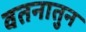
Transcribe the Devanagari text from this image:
वतनातुन